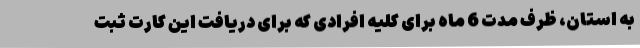
به استان، ظرف مدت 6 ماه برای کلیه افرادی که برای دریافت این کارت ثبت